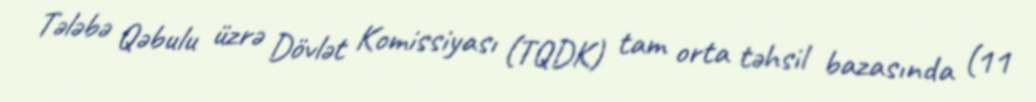
Tələbə Qəbulu üzrə Dövlət Komissiyası (TQDK) tam orta təhsil bazasında (11